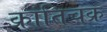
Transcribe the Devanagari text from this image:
क्रांतिचक्र